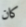
كان